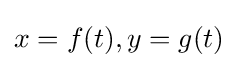
x=f(t),y=g(t)